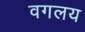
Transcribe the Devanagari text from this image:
वगलय